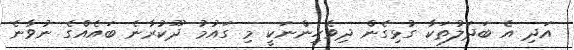
އަދި އެ ބަދަލުތަކާ ގުޅިގެން ދިވެހިންނަކީ މި ގައުމު ދޫކުރާނެ ބައެއްގެ ނުވާނެ